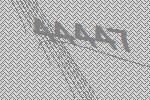
44447